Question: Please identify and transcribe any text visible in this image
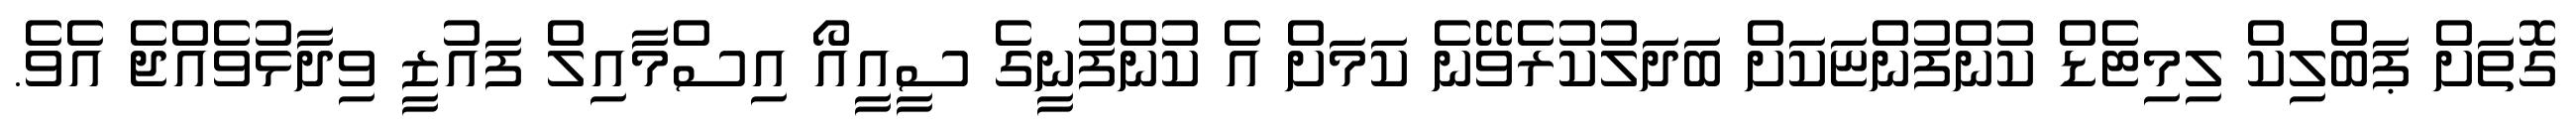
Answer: ގޮތަށް ޕަބްލިކް ލިމިޓެޑް ކުންފުންޏަކަށް ބަދަލުކުރެވޭނެ ކަމަށް އެ ކުންފުނީގެ ސީއީއޯ އިސްމާއިލް ފައުޒީ ވިދާޅުވެއްޖެ އެވެ.